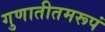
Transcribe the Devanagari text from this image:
गुणातीतमरूपं